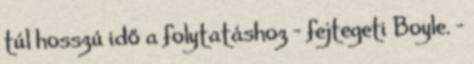
túl hosszú idő a folytatáshoz – fejtegeti Boyle. –